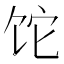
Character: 𬲱